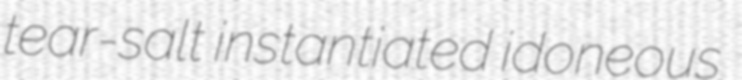
tear-salt instantiated idoneous